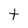
Character: t